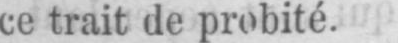
ce trait de probité.